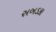
સબડકા